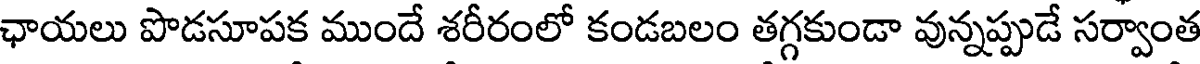
ఛాయలు పొడసూపక ముందే శరీరంలో కండబలం తగ్గకుండా వున్నప్పుడే సర్వాంత